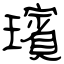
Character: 璸